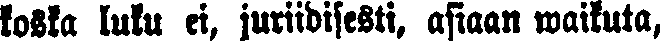
koska luku ei, juriidisesti, asiaan waikuta,